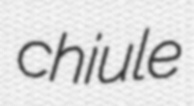
chiule